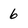
Character: 6